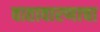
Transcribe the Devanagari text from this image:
वातावारणाचा